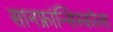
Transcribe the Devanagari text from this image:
सानफ्रांन्सिस्कोला